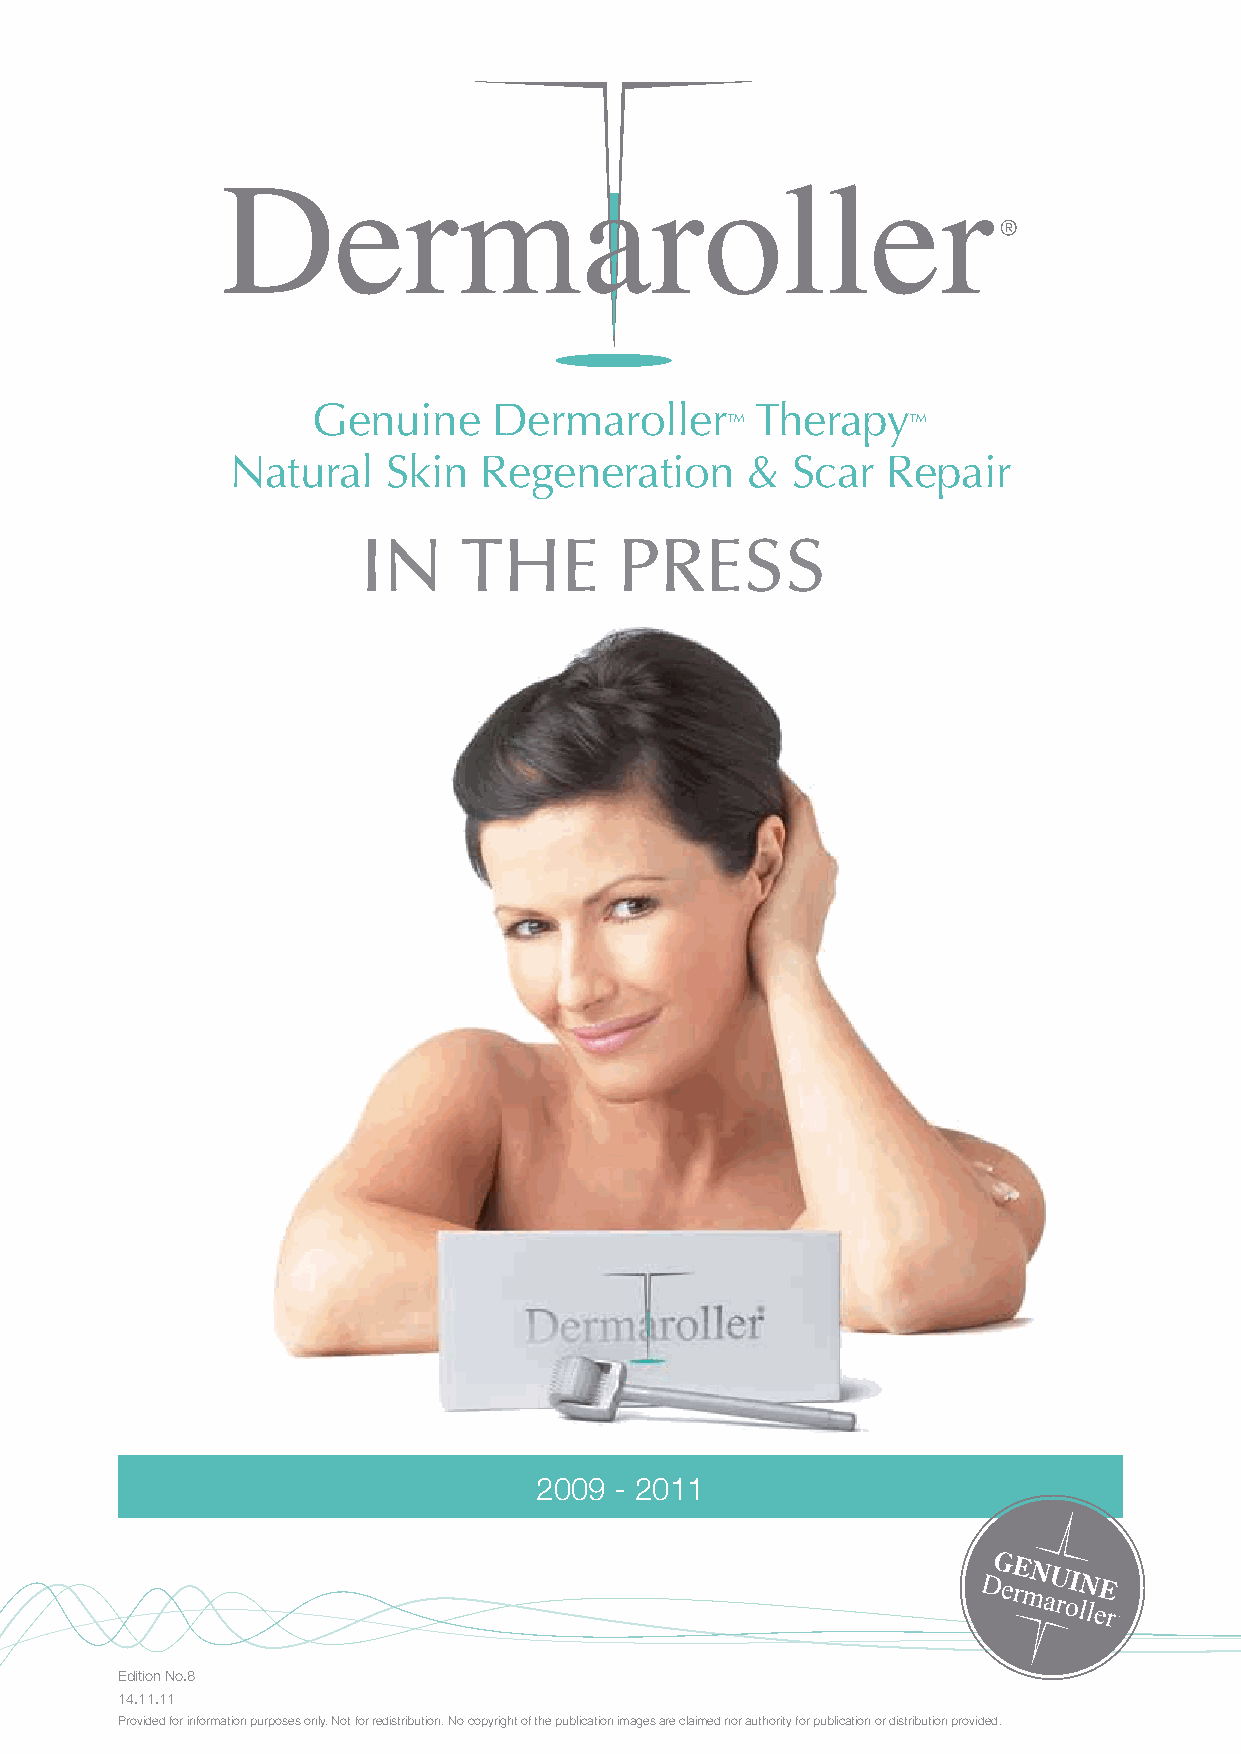
Genuine     Dermaroller      Therapy
 ™           ™
 Natural    Skin  Regeneration     &  Scar   Repair
 In     the       Press
 2009  - 2011
 Edition No.8
 14.11.11
 Provided for information purposes only. Not for redistribution. No copyright of the publication images are claimed nor authority for publication or distribution provided.